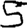
Digit: 5